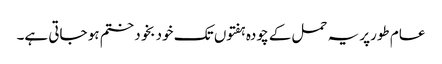
عام طورپر یہ حمل کے چودہ ہفتوں تک خود بخود ختم ہو جاتی ہے۔